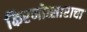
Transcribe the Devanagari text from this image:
किरणोत्साराचा